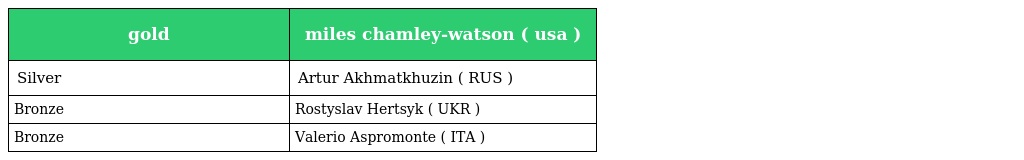
| gold | miles chamley-watson ( usa ) |
 | --- | --- |
 | Silver | Artur Akhmatkhuzin ( RUS ) |
 | Bronze | Rostyslav Hertsyk ( UKR ) |
 | Bronze | Valerio Aspromonte ( ITA ) |